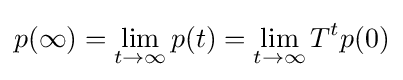
p(\infty )=\lim _{t\to \infty }p(t)=\lim _{t\to \infty }T^{t}p(0)